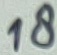
Text: 18